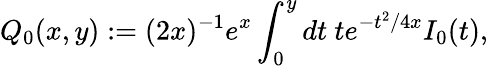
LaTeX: Q_{0}(x,y):=(2x)^{-1}e^{x}\int_{0}^{y}dt~te^{-t^{2}/4x}I_{0}(t),